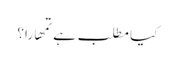
کیا مطلب ہے تمھاراَ؟